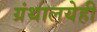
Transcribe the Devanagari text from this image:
ग्रंथालयेही